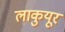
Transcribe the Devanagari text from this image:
लाकुयूर